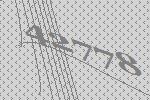
42778